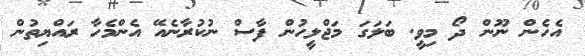
އެހެން ނޫން ދޯ މިވީ. ބަލަގަ މަޖްލީހުން ފާސް ނުކުރާނެއޭ އެންމެހާ ރައްޔިތުން